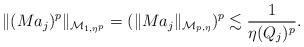
LaTeX: \begin{align*}\|(Ma_j)^p\|_{{\mathcal M}_{1,\eta^p}} =(\|Ma_j\|_{{\mathcal M}_{p,\eta}})^p \lesssim\frac{1}{\eta(Q_j)^p}.\end{align*}